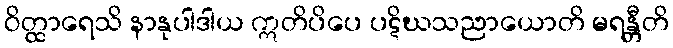
ဝိတ္ထာရေသိ နာနုပါဒါယ ဣတိပိပေ ပဋိဃသညာယောတိ မရန္တီတိ